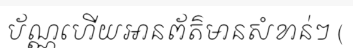
ប័ណ្ណហើយអានព័ត៌មានសំខាន់ៗ (